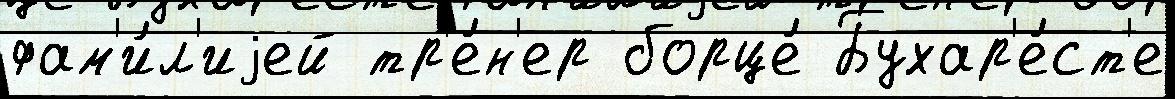
фам'и́л'иjей тр'е́н'ер борце́ Бухар'е́ст'е